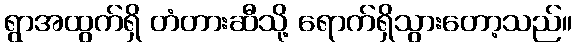
ရွာအထွက်ရှိ တံတားဆီသို့ ရောက်ရှိသွားတော့သည်။